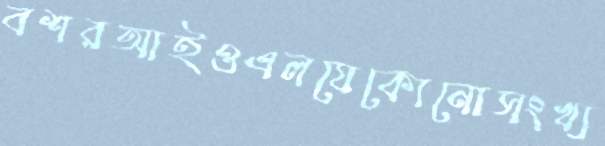
বশরআইওএলযেকোনোসংখ্য